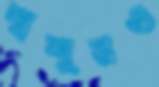
শ্বশুরও